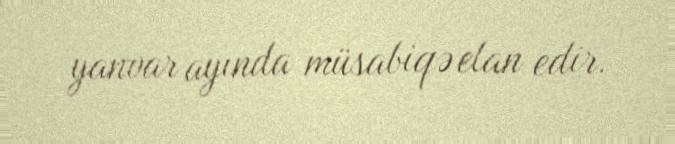
yanvar ayında müsabiqə elan edir.